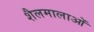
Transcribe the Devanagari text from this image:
शैलमालाओं